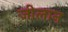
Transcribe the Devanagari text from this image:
जीलान